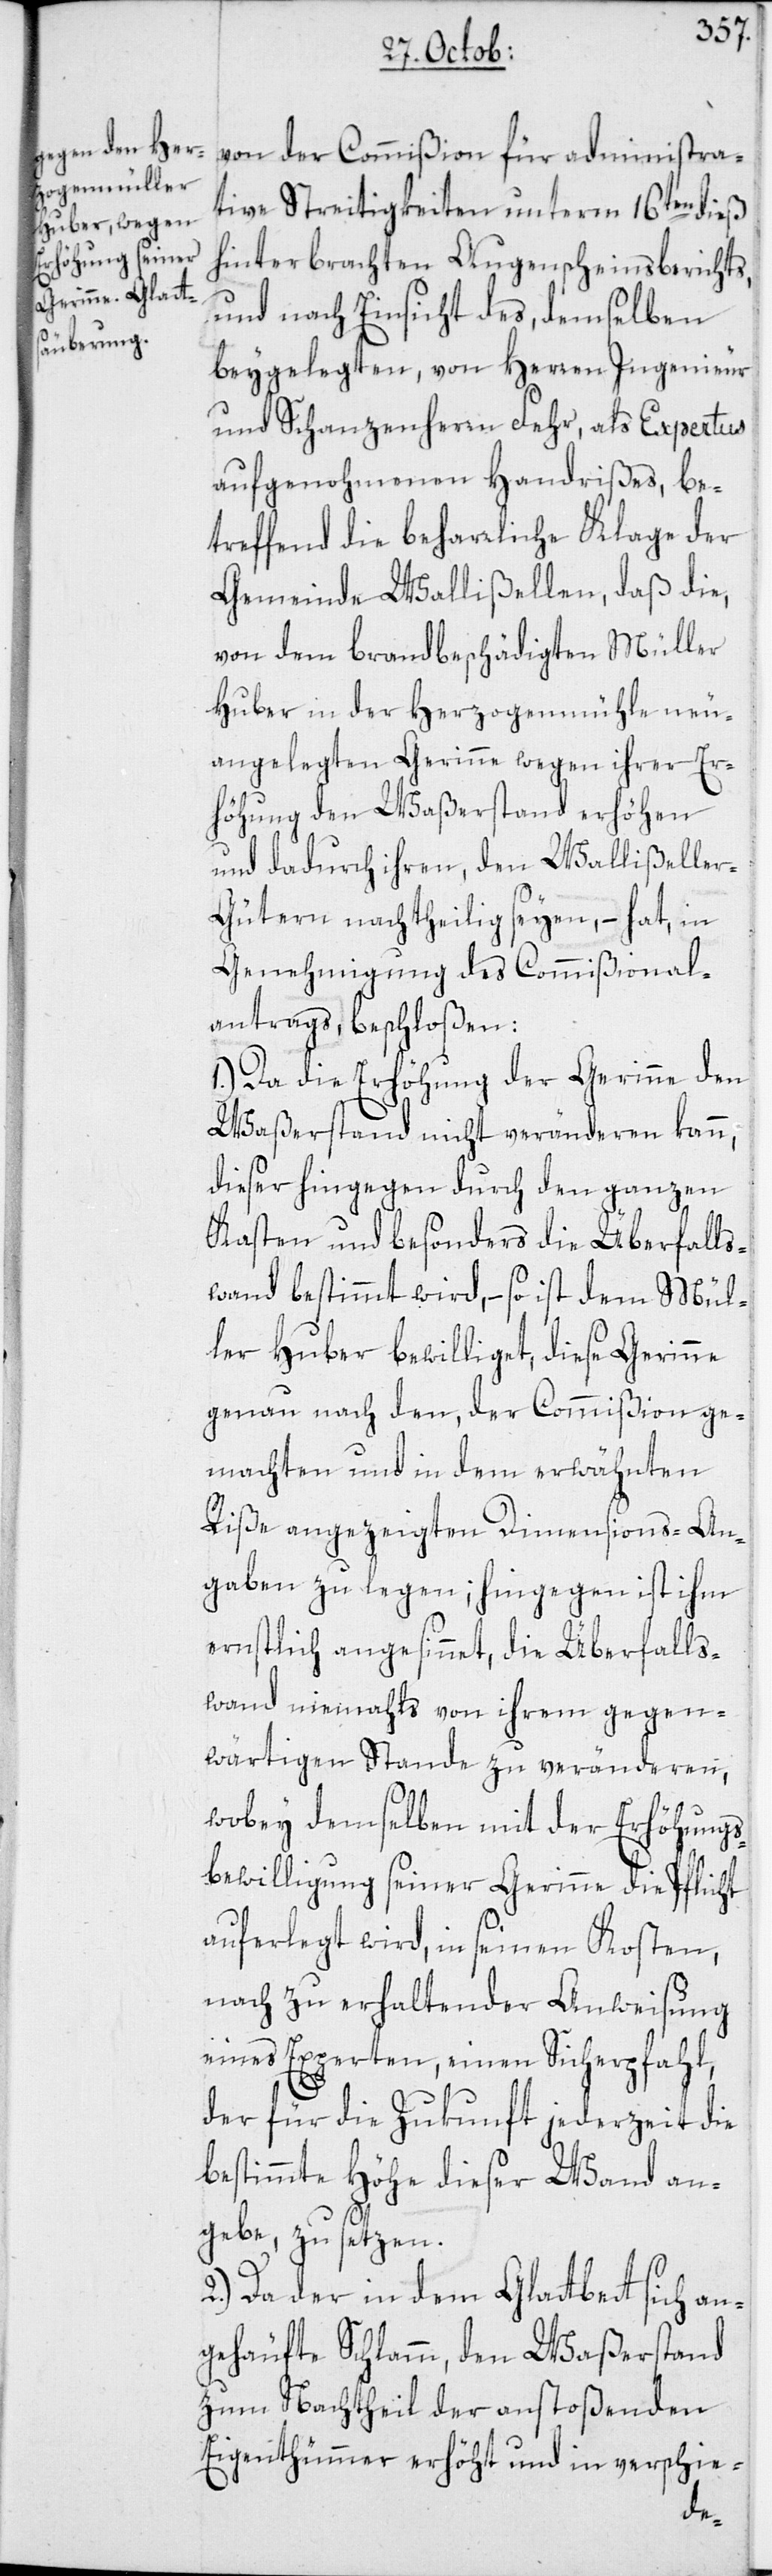
von der Commißion für administra¬
tive Streitigkeiten unterm 16ten dieß
hinterbrachten Augenscheinsberichts,
und nach Einsicht des, demselben
beygelegten, von Herren Ingenieur
und Schanzenherrn Fehr, als Expertus
aufgenohmenen Handrißes, be¬
treffend die beharrliche Klage der
Gemeinde Wallißellen, daß die,
von dem brandbeschädigten Müller
Huber in der Herzogenmühle neu¬
angelegten Gerinne wegen ihrer Er¬
höhung den Waßerstand erhöhen
und dadurch ihren, den Wallißelle¬
r-Gütern nachtheilig seyen, – hat, in
Genehmigung des Commißional¬
antrags beschloßen:
1.) Da die Erhöhung der Gerinne den
Waßerstand nicht veränderen kann,
dieser hingegen durch den ganzen
Kasten und besonders die Überfalls¬
wand bestimmt wird, – so ist dem Mül¬
ler Huber bewilliget, diese Gerinne
genau nach den, der Commißion ge¬
machten und in dem erwähnten
Riße angezeigten Dimensions-An¬
gaben zu legen; hingegen ist ihm
ernstlich angesinnet, die Überfalls¬
wand niemahls von ihrem gegen¬
wärtigen Stande zu veränderen,
wobey demselben mit der Erhöhungs¬
bewilligung seiner Gerinne die Pflicht
auferlegt wird, in seinen Kosten,
nach zu erhaltender Anweisung
eines Experten, einen Sicherpfahl,
der für die Zukunft jederzeit die
bestimmte Höhe dieser Wand an¬
gebe, zu setzen.
2.) Da der in dem Glattbett sich an¬
gehäufte Schlamm, den Waßerstand
zum Nachtheil der anstoßenden
Eigenthümmer erhöht und in verschie-